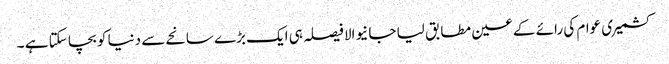
کشمیری عوام کی رائے کے عین مطابق لیا جا نیوالا فیصلہ ہی ایک بڑے سانحے سے دنیا کو بچا سکتا ہے ۔